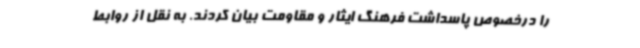
را درخصوص پاسداشت فرهنگ ایثار و مقاومت بیان کردند. به نقل از روابط